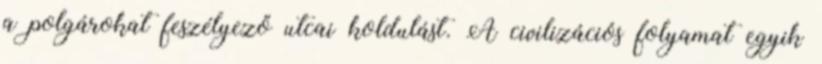
a polgárokat feszélyező utcai koldulást. A civilizációs folyamat egyik